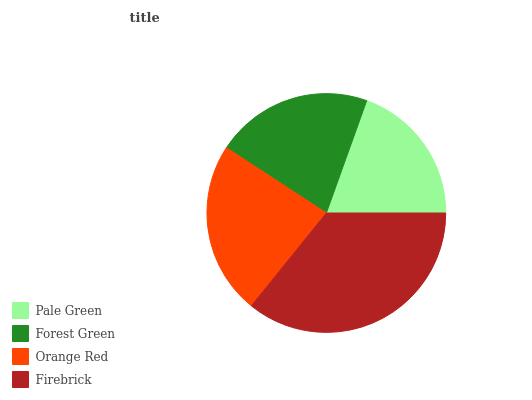
| Pale Green | Forest Green | Orange Red | Firebrick |
 | --- | --- | --- | --- |
 | 19.6% | 21.3% | 23.4% | 35.8% |